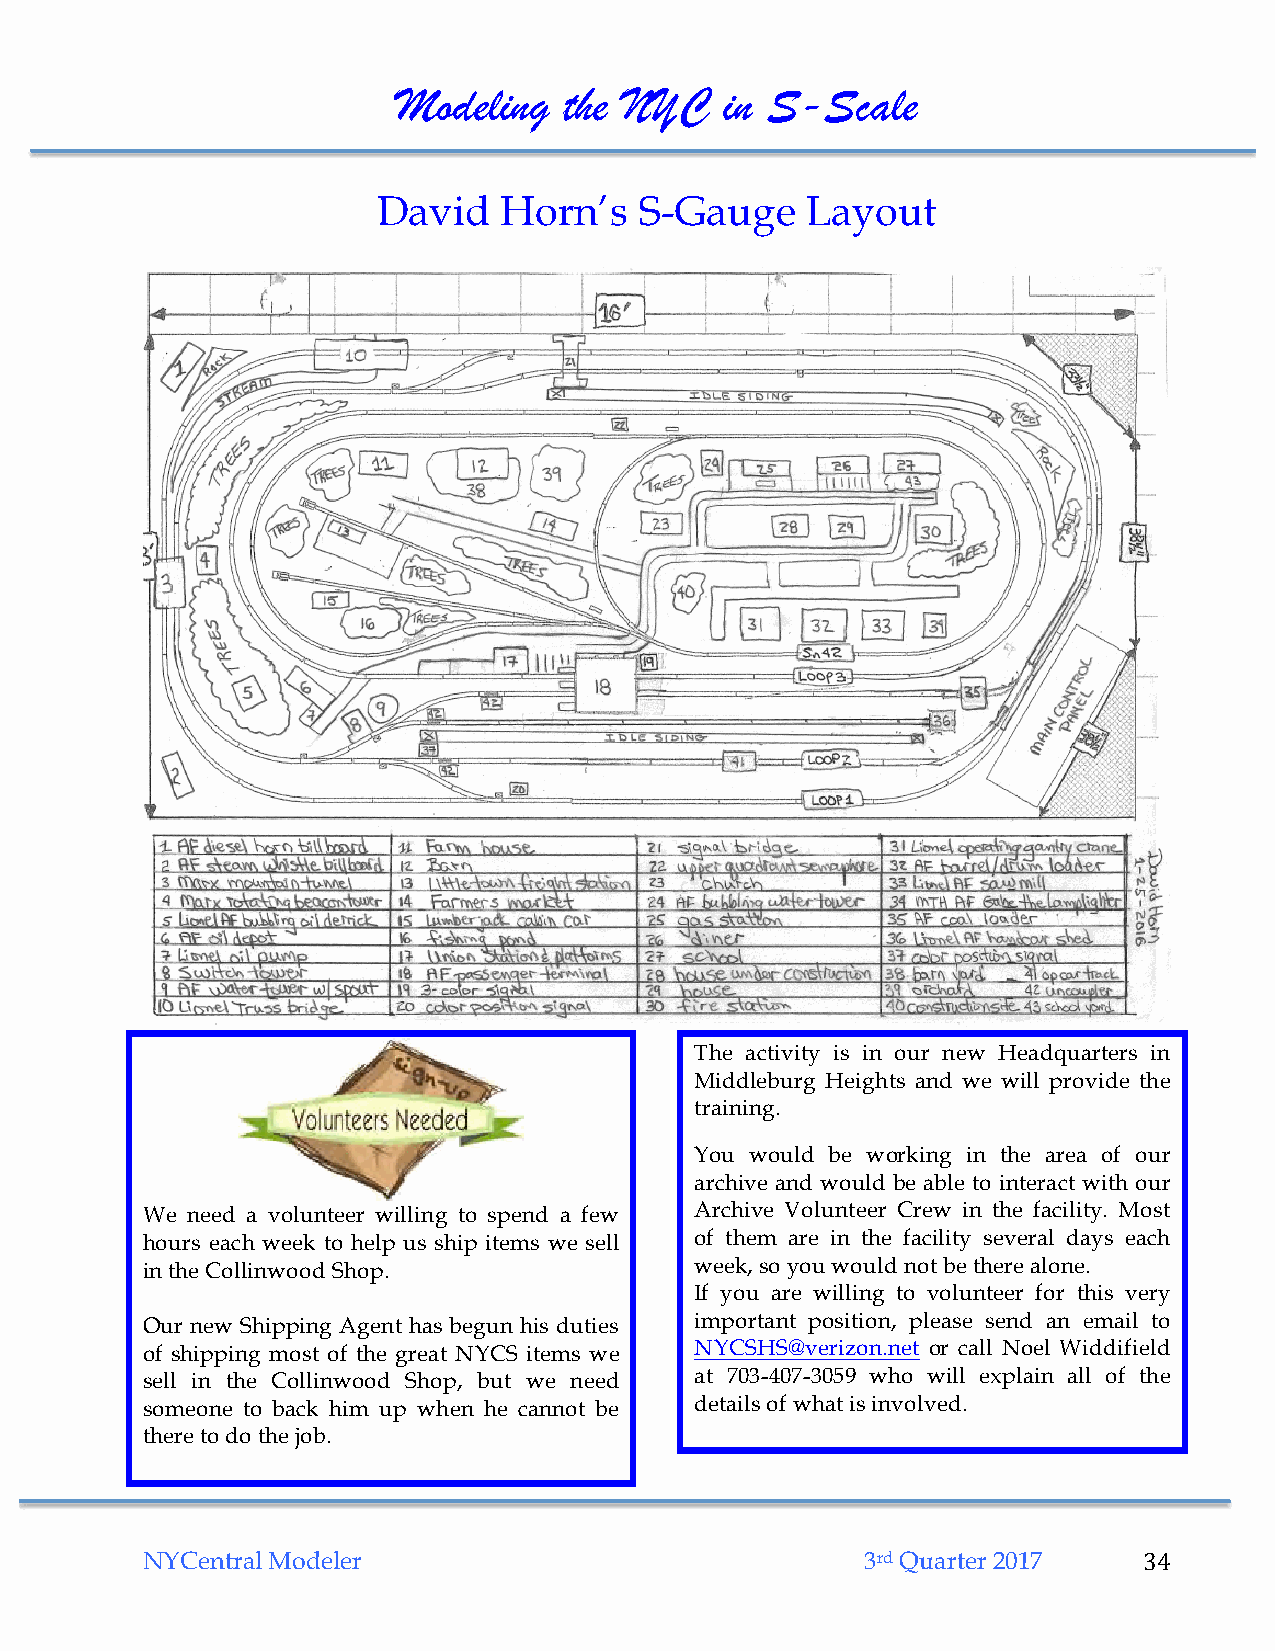
Modeling   the NYC    in S-Scale
 David   Horn’s   S-Gauge    Layout
 The activity is in our new Headquarters in
 Middleburg Heights and we will provide the
 training.
 You would be working in the area of our
 archive and would be able to interact with our
 We need a volunteer willing to spend a few Archive Volunteer Crew in the facility. Most
 hours each week to help us ship items we sell of them are in the facility several days each
 in the Collinwood Shop.              week, so you would not be there alone.
 If you are willing to volunteer for this very
 Our new Shipping Agent has begun his duties important position, please send an email to
 of shipping most of the great NYCS items we NYCSHS@verizon.net or call Noel Widdifield
 sell in the Collinwood Shop, but we need at 703-407-3059 who will explain all of the
 someone to back him up when he cannot be details of what is involved.
 there to do the job.
 NYCentral Modeler                               3rd Quarter 2017   34